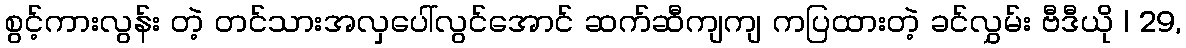
စွင့်ကားလွန်း တဲ့ တင်သားအလှပေါ်လွင်အောင် ဆက်ဆီကျကျ ကပြထားတဲ့ ခင်လွှမ်း ဗီဒီယို | 29,